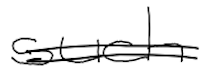
Text: such
Cross-out: double-line
Writing tool: digital_black